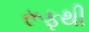
રૂફથી